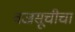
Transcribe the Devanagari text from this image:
वज्रसूचीचा